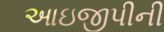
આઇજીપીની